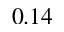
0 . 1 4